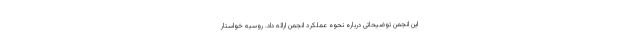
این انجمن توضیحاتی درباره نحوه عملکرد انجمن ارائه داد. روسیه خواستار